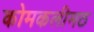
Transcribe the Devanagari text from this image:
कोमकलीमठ